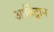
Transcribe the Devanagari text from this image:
आर्बिट्रान